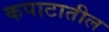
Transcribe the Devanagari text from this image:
कपाटातील